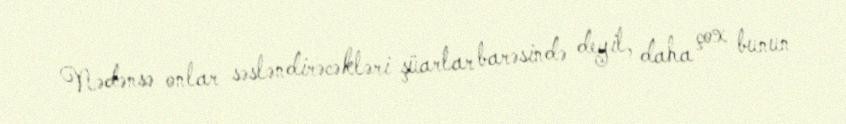
Nədənsə onlar səsləndirəcəkləri şüarlar barəsində deyil, daha çox bunun